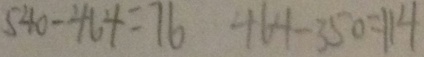
5 4 0 - 4 6 4 = 7 6 4 6 4 - 3 5 0 = 1 1 4